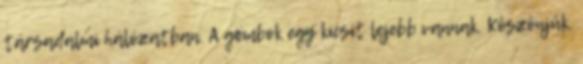
társadalmi hálózatban. A gombok egy kicsit lejebb vannak. Köszönjük.